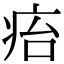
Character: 㾂